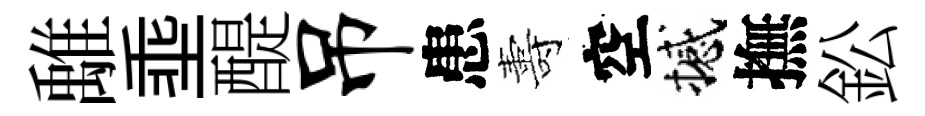
𩀌埀醍吊患夀空撼撫鈆